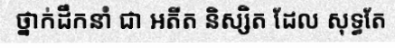
ថ្នាក់ដឹកនាំ ជា អតីត និស្សិត ដែល សុទ្ធតែ